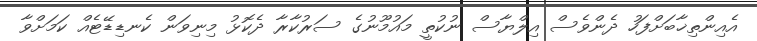
އެއިންތިޚާބަށްފަހު ދެންވެސް އިލްޔާސް ނުކުތީ މައުމޫނުގެ ސަރުކާރާ ދެކޮޅު މިނިވަން ކެނޑިޑޭޓެއް ކަމަށްވާ